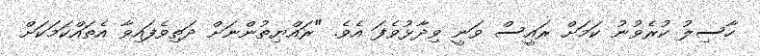
ހާސިލު ކުރެވުނު ކަމަށް ރައީސް ވަނީ ވިދާޅުވެފަ އެވެ. "ރައްޔިތުންނަށް ދަތިވެފައިވާ އެތައްކަމަކަށް